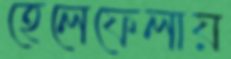
হেলেফেলায়